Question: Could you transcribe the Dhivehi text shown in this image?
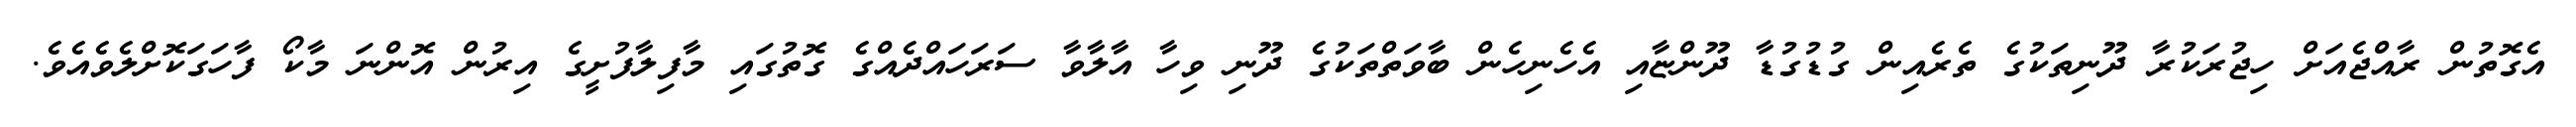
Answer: އެގޮތުން ރާއްޖެއަށް ހިޖުރަކުރާ ދޫނިތަކުގެ ތެރެއިން ގުޑުގުޑާ ދޫންޏާއި އެހެނިހެން ބާވަތްތަކުގެ ދޫނި ވިހާ އާލާވާ ސަރަހައްދެއްގެ ގޮތުގައި މާފިލާފުށީގެ އިރުން އޮންނަ މާކޯ ފާހަގަކޮށްލެވެއެވެ.